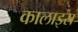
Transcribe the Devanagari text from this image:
कालाइस